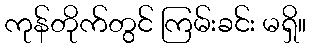
ကုန်တိုက်တွင် ကြမ်းခင်း မရှိ။